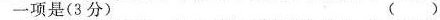
一项是（3分）（ ）